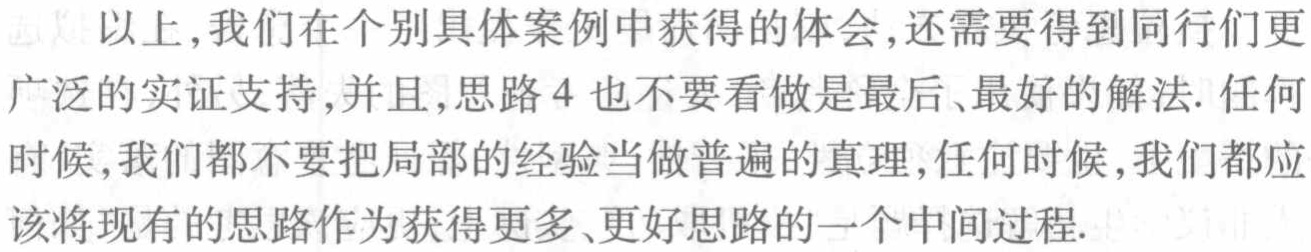
以上,我们在个别具体案例中获得的体会,还需要得到同行们更广泛的实证支持,并且,思路4也不要看做是最后、最好的解法. 任何时候,我们都不要把局部的经验当做普遍的真理,任何时候,我们都应该将现有的思路作为获得更多、更好思路的一个中间过程.